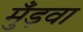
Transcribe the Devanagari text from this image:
मुँड़वा